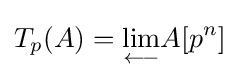
T_{p}(A)={\underset {\longleftarrow }{\lim }}A[p^{n}]